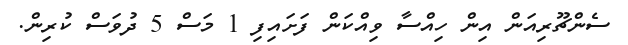
ސެންޗޫރިއަން އިން ހިއްސާ ވިއްކަން ފަށައިފި 1 މަސް 5 ދުވަސް ކުރިން.